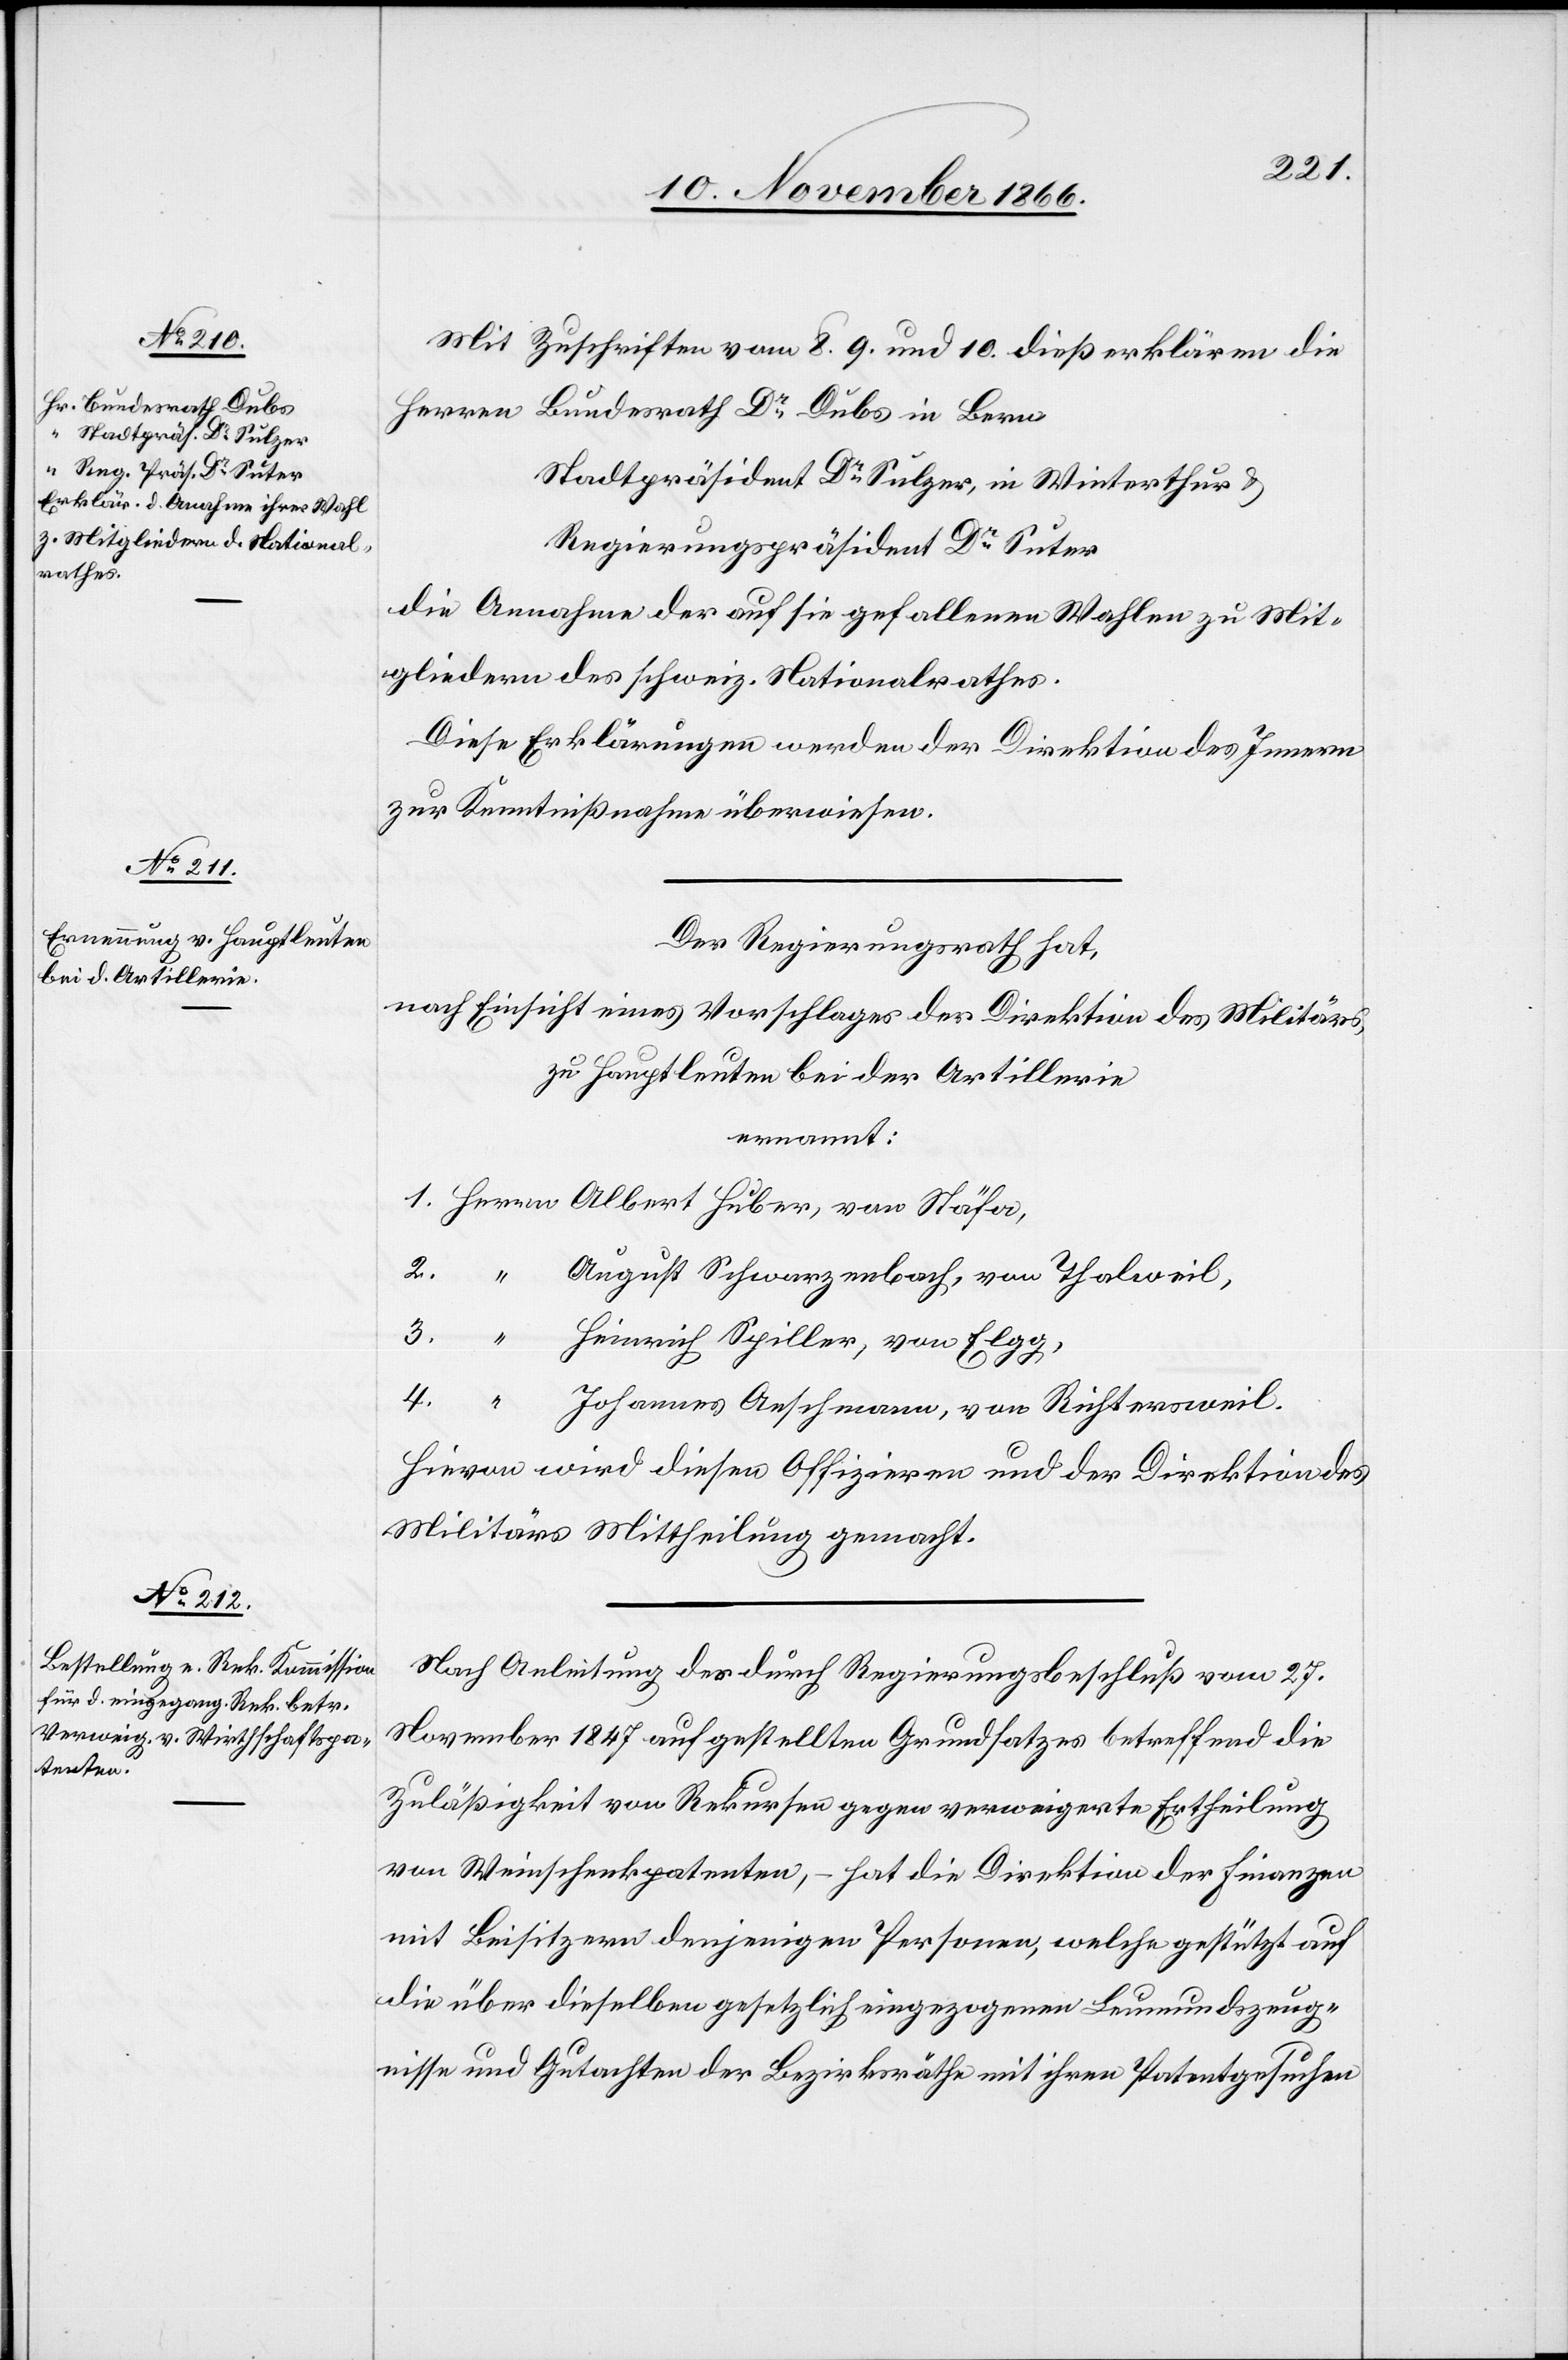
Mit Zuschriften vom 8. 9. und 10. dieß erklären die
Herren Bundesrath Dr. Dubs in Bern
Stadtpräsident Dr. Sulzer, in Winterthur &
Regierungspräsident Dr. Suter
die Annahme der auf sie gefallenen Wahlen zu Mit¬
gliedern des schweiz. Nationalrathes.
Diese Erklärungen werden der Direktion des Innern
zur Kenntnißnahme überwiesen.
Der Regierungsrath hat,
nach Einsicht eines Vorschlages der Direktion des Militärs,
zu Hauptleuten bei der Artillerie
ernannt:
August Schwarzenbach, von Thalweil,
Johannes Aeschmann, von Richtersweil.
Hievon wird diesen Offizieren und der Direktion des
Militärs Mittheilung gemacht.
Nach Anleitung des durch Regierungsbeschluß vom 27.
November 1847 aufgestellten Grundsatzes betreffend die
Zuläßigkeit von Rekursen gegen verweigerte Ertheilung
von Weinschenkpatenten, – hat die Direktion der Finanzen
mit Beisitzern denjenigen Personen, welche gestützt auf
die über dieselben gesetzlich eingezogenen Leumundszeug¬
nisse und Gutachten der Bezirksräthe mit ihren Patentgesuchen